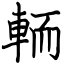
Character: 輀